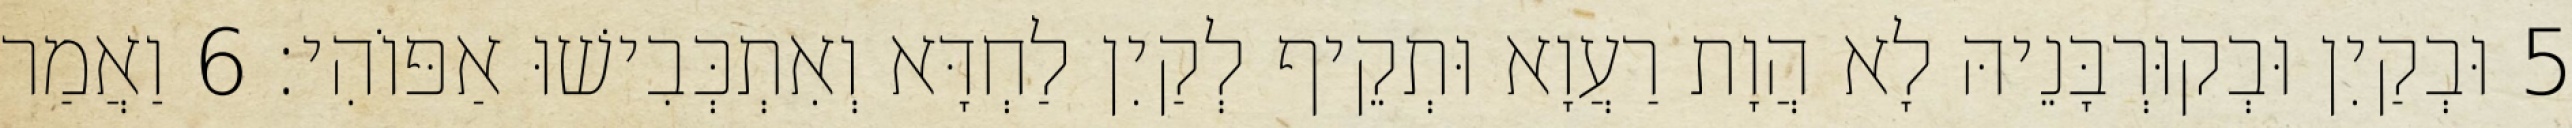
5 וּבְקַיִן וּבְקוּרְבָּנֵיהּ לָא הֲוָת רַעֲוָא וּתְקֵיף לְקַיִן לַחְדָּא וְאִתְכְּבִישׁוּ אַפּוֹהִי׃ 6 וַאֲמַר